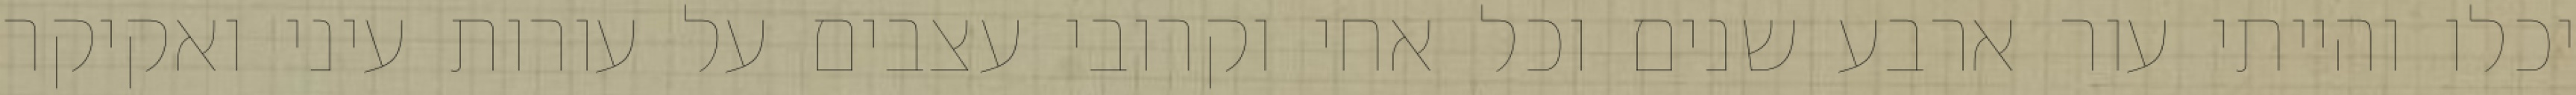
יכלו והייתי עור ארבע שנים וכל אחי וקרובי עצבים על עורות עיני ואקיקר